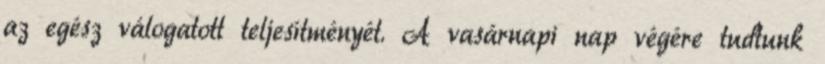
az egész válogatott teljesítményét. A vasárnapi nap végére tudtunk